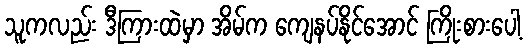
သူကလည်း ဒီကြားထဲမှာ အိမ်က ကျေနပ်နိုင်အောင် ကြိုးစားပေါ့